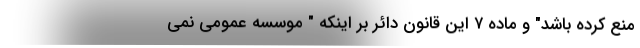
منع کرده باشد" و ماده ۷ این قانون دائر بر اینکه " موسسه عمومی نمی